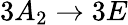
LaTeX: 3A_{2}\rightarrow 3E